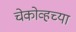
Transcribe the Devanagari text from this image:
चेकोव्हच्या